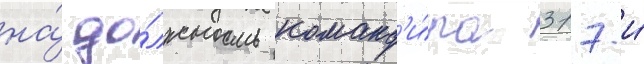
на́ до́лжность команд'и́ра 317-и́